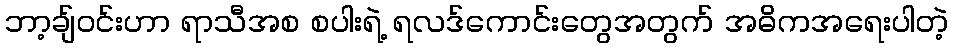
ဘာ့ချ်ဝင်းဟာ ရာသီအစ စပါးရဲ့ ရလဒ်ကောင်းတွေအတွက် အဓိကအရေးပါတဲ့